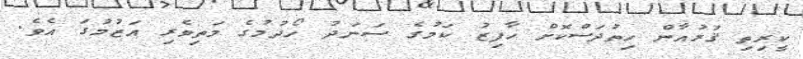
ކީރިތި ޤުރުއާން ހިތުދަސްކޮށް ހާފިޒު ކަމުގެ ސަނަދު ހޯދުމުގެ މަތިވެރި އަޒުމުގަ އެވެ.